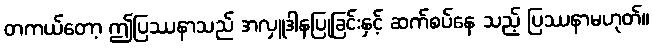
တကယ်တော့ ဤပြဿနာသည် အလှူဒါနပြုခြင်းနှင့် ဆက်စပ်နေ သည့် ပြဿနာမဟုတ်။